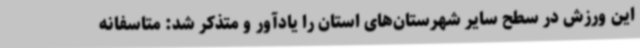
این ورزش در سطح سایر شهرستان‌های استان را یادآور و متذکر شد: متاسفانه